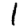
Digit: 1